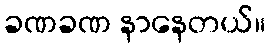
ခဏခဏ နာနေတယ်။